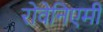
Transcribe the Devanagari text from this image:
रोवेनिएमी